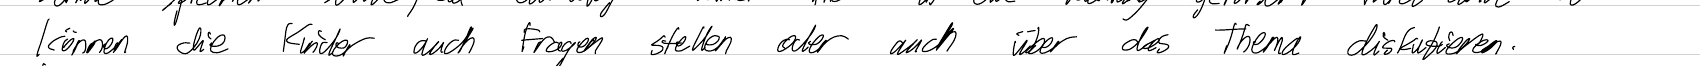
können die Kinder auch Fragen stellen oder auch über des Thema diskutieren.